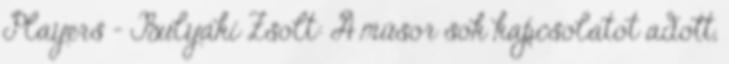
Players – Bulyáki Zsolt: A műsor sok kapcsolatot adott,